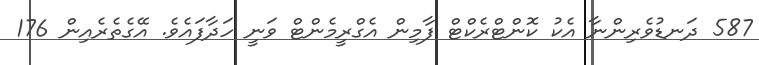
587 ދަނޑުވެރިންނާ އެކު ކޮންޓްރެކްޓް ފާމިން އެގްރީމެންޓް ވަނީ ހަދާފައެވެ. އޭގެތެރެއިން 176